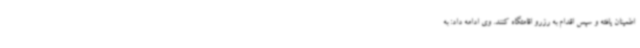
اطمینان یافته و سپس اقدام به رزرو اقامتگاه کنند. وی ادامه داد: به